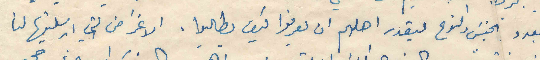
بالعدد الجنس والنوع ليقدر اهلهم ان يعرفوا كيف يطالبوا . الاغراض التي ارسلتيها لنا